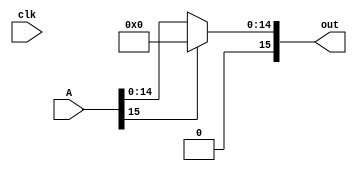
////RELU
module ReLU(A,out,clk);
  input [15:0]A;
  input clk;
  output reg [15:0]out;

  always @(clk)
    begin
      if (A[15]==0)
        out=A;
      else
        out=16'b0000000000000000;
    end
endmodule